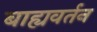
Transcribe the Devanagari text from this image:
बाह्यवर्तन